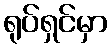
ရုပ်ရှင်မှာ